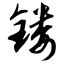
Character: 镂